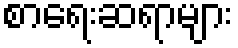
စာရေးဆရာများ